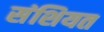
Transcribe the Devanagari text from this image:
संशियत